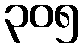
၃၀၅